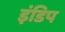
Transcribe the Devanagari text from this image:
इंडिप